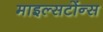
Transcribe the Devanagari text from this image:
माइल्सटोंन्स